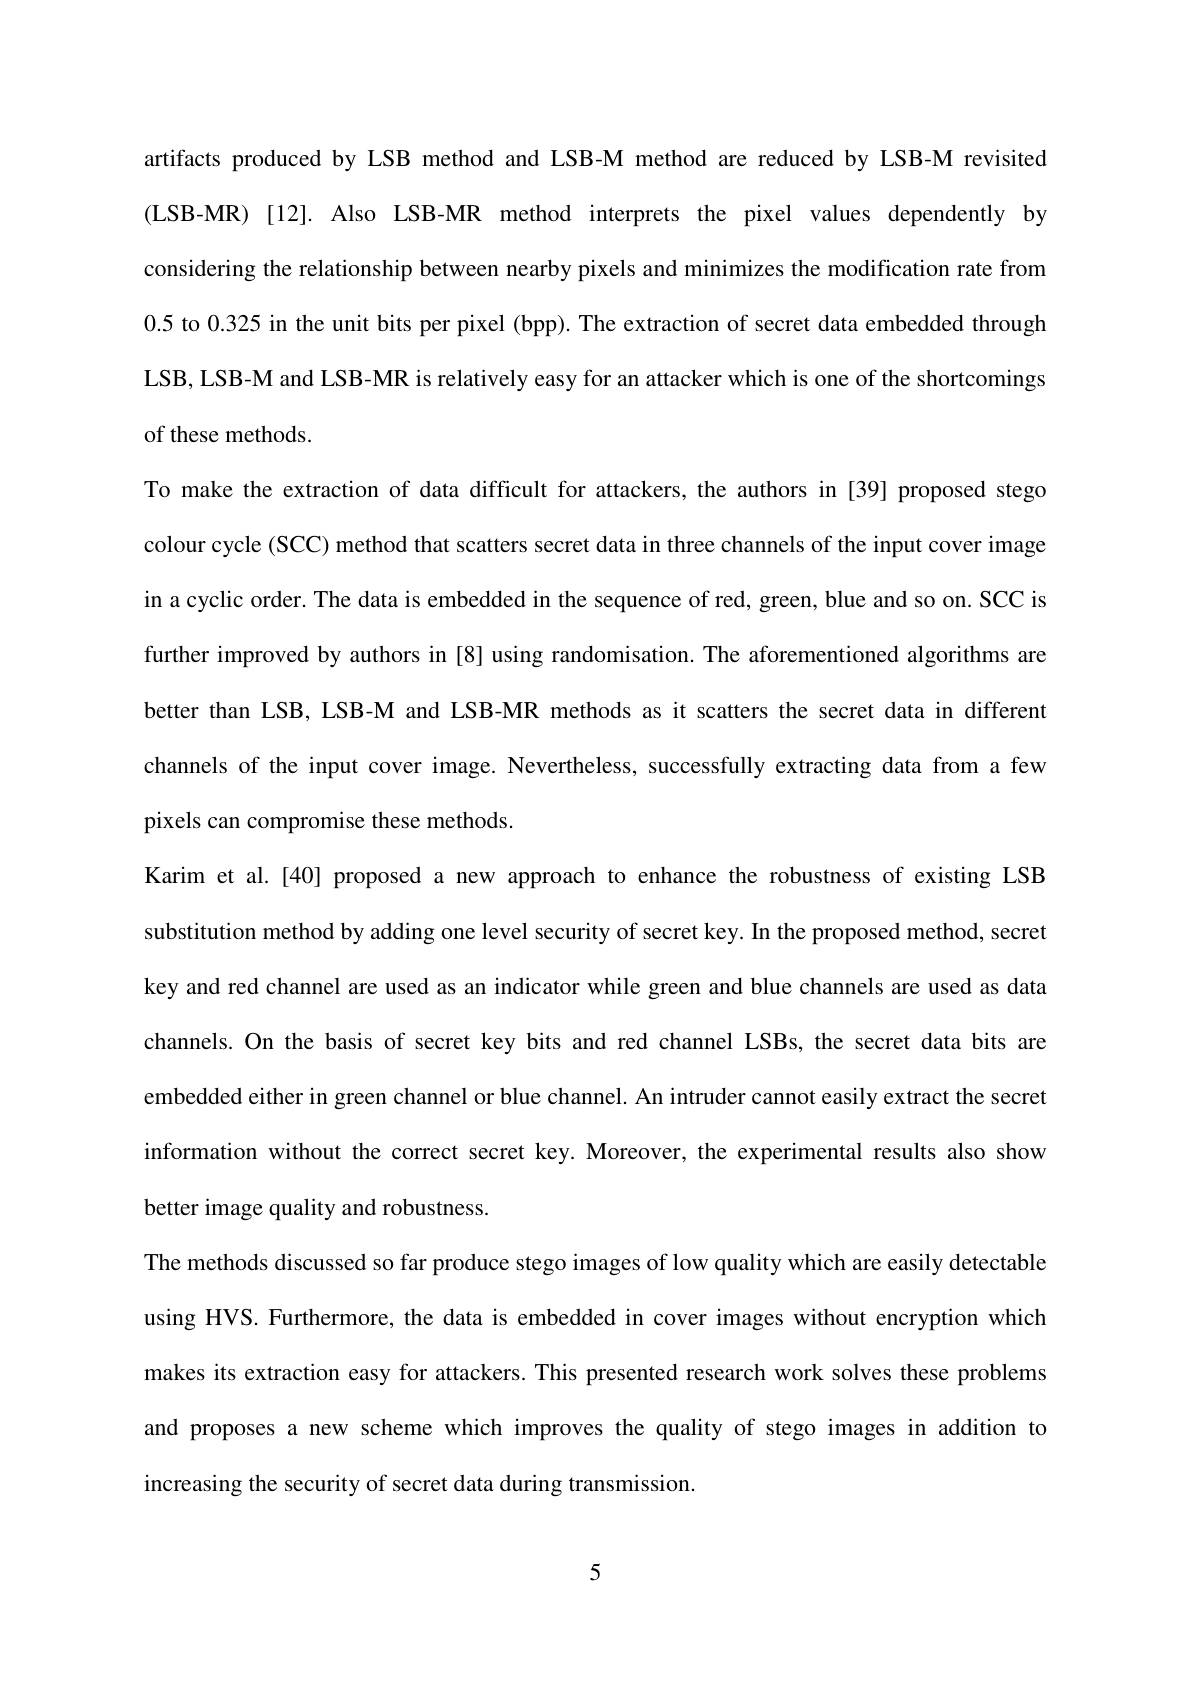
artifacts produced by LSB method and LSB-M method are reduced by LSB-M revisited (LSB-MR) [12]. Also LSB-MR method interprets the pixel values dependently by considering the relationship between nearby pixels and minimizes the modification rate from 0.5 to 0.325 in the unit bits per pixel (bpp). The extraction of secret data embedded through LSB, LSB-M and LSB-MR is relatively easy for an attacker which is one of the shortcomings of these methods.
To make the extraction of data difficult for attackers, the authors in [39] proposed stego colour cycle (SCC) method that scatters secret data in three channels of the input cover image in a cyclic order. The data is embedded in the sequence of red, green, blue and so on. SCC is further improved by authors in [8] using randomisation. The aforementioned algorithms are better than LSB, LSB-M and LSB-MR methods as it scatters the secret data in different channels of the input cover image. Nevertheless, successfully extracting data from a few pixels can compromise these methods.
Karim et al.[40] proposed a new approach to enhance the robustness of existing LSB substitution method by adding one level security of secret key. In the proposed method, secret key and red channel are used as an indicator while green and blue channels are used as data channels. On the basis of secret key bits and red channel LSBs, the secret data bits are embedded either in green channel or blue channel. An intruder cannot easily extract the secret information without the correct secret key. Moreover, the experimental results also show better image quality and robustness.
The methods discussed so far produce stego images of low quality which are easily detectable using HVS. Furthermore, the data is embedded in cover images without encryption which makes its extraction easy for attackers. This presented research work solves these problems and proposes a new scheme which improves the quality of stego images in addition to increasing the security of secret data during transmission.

5